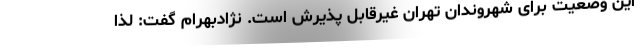
این وضعیت برای شهروندان تهران غیرقابل پذیرش است. نژادبهرام گفت: لذا